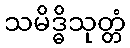
သမိဒ္ဓိသုတ္တံ